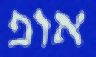
אופ